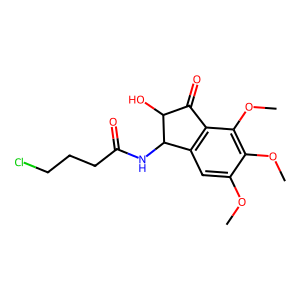
SMILES: COc1cc2c(c(OC)c1OC)C(=O)C(O)C2NC(=O)CCCCl
Inhibits HIV replication: No